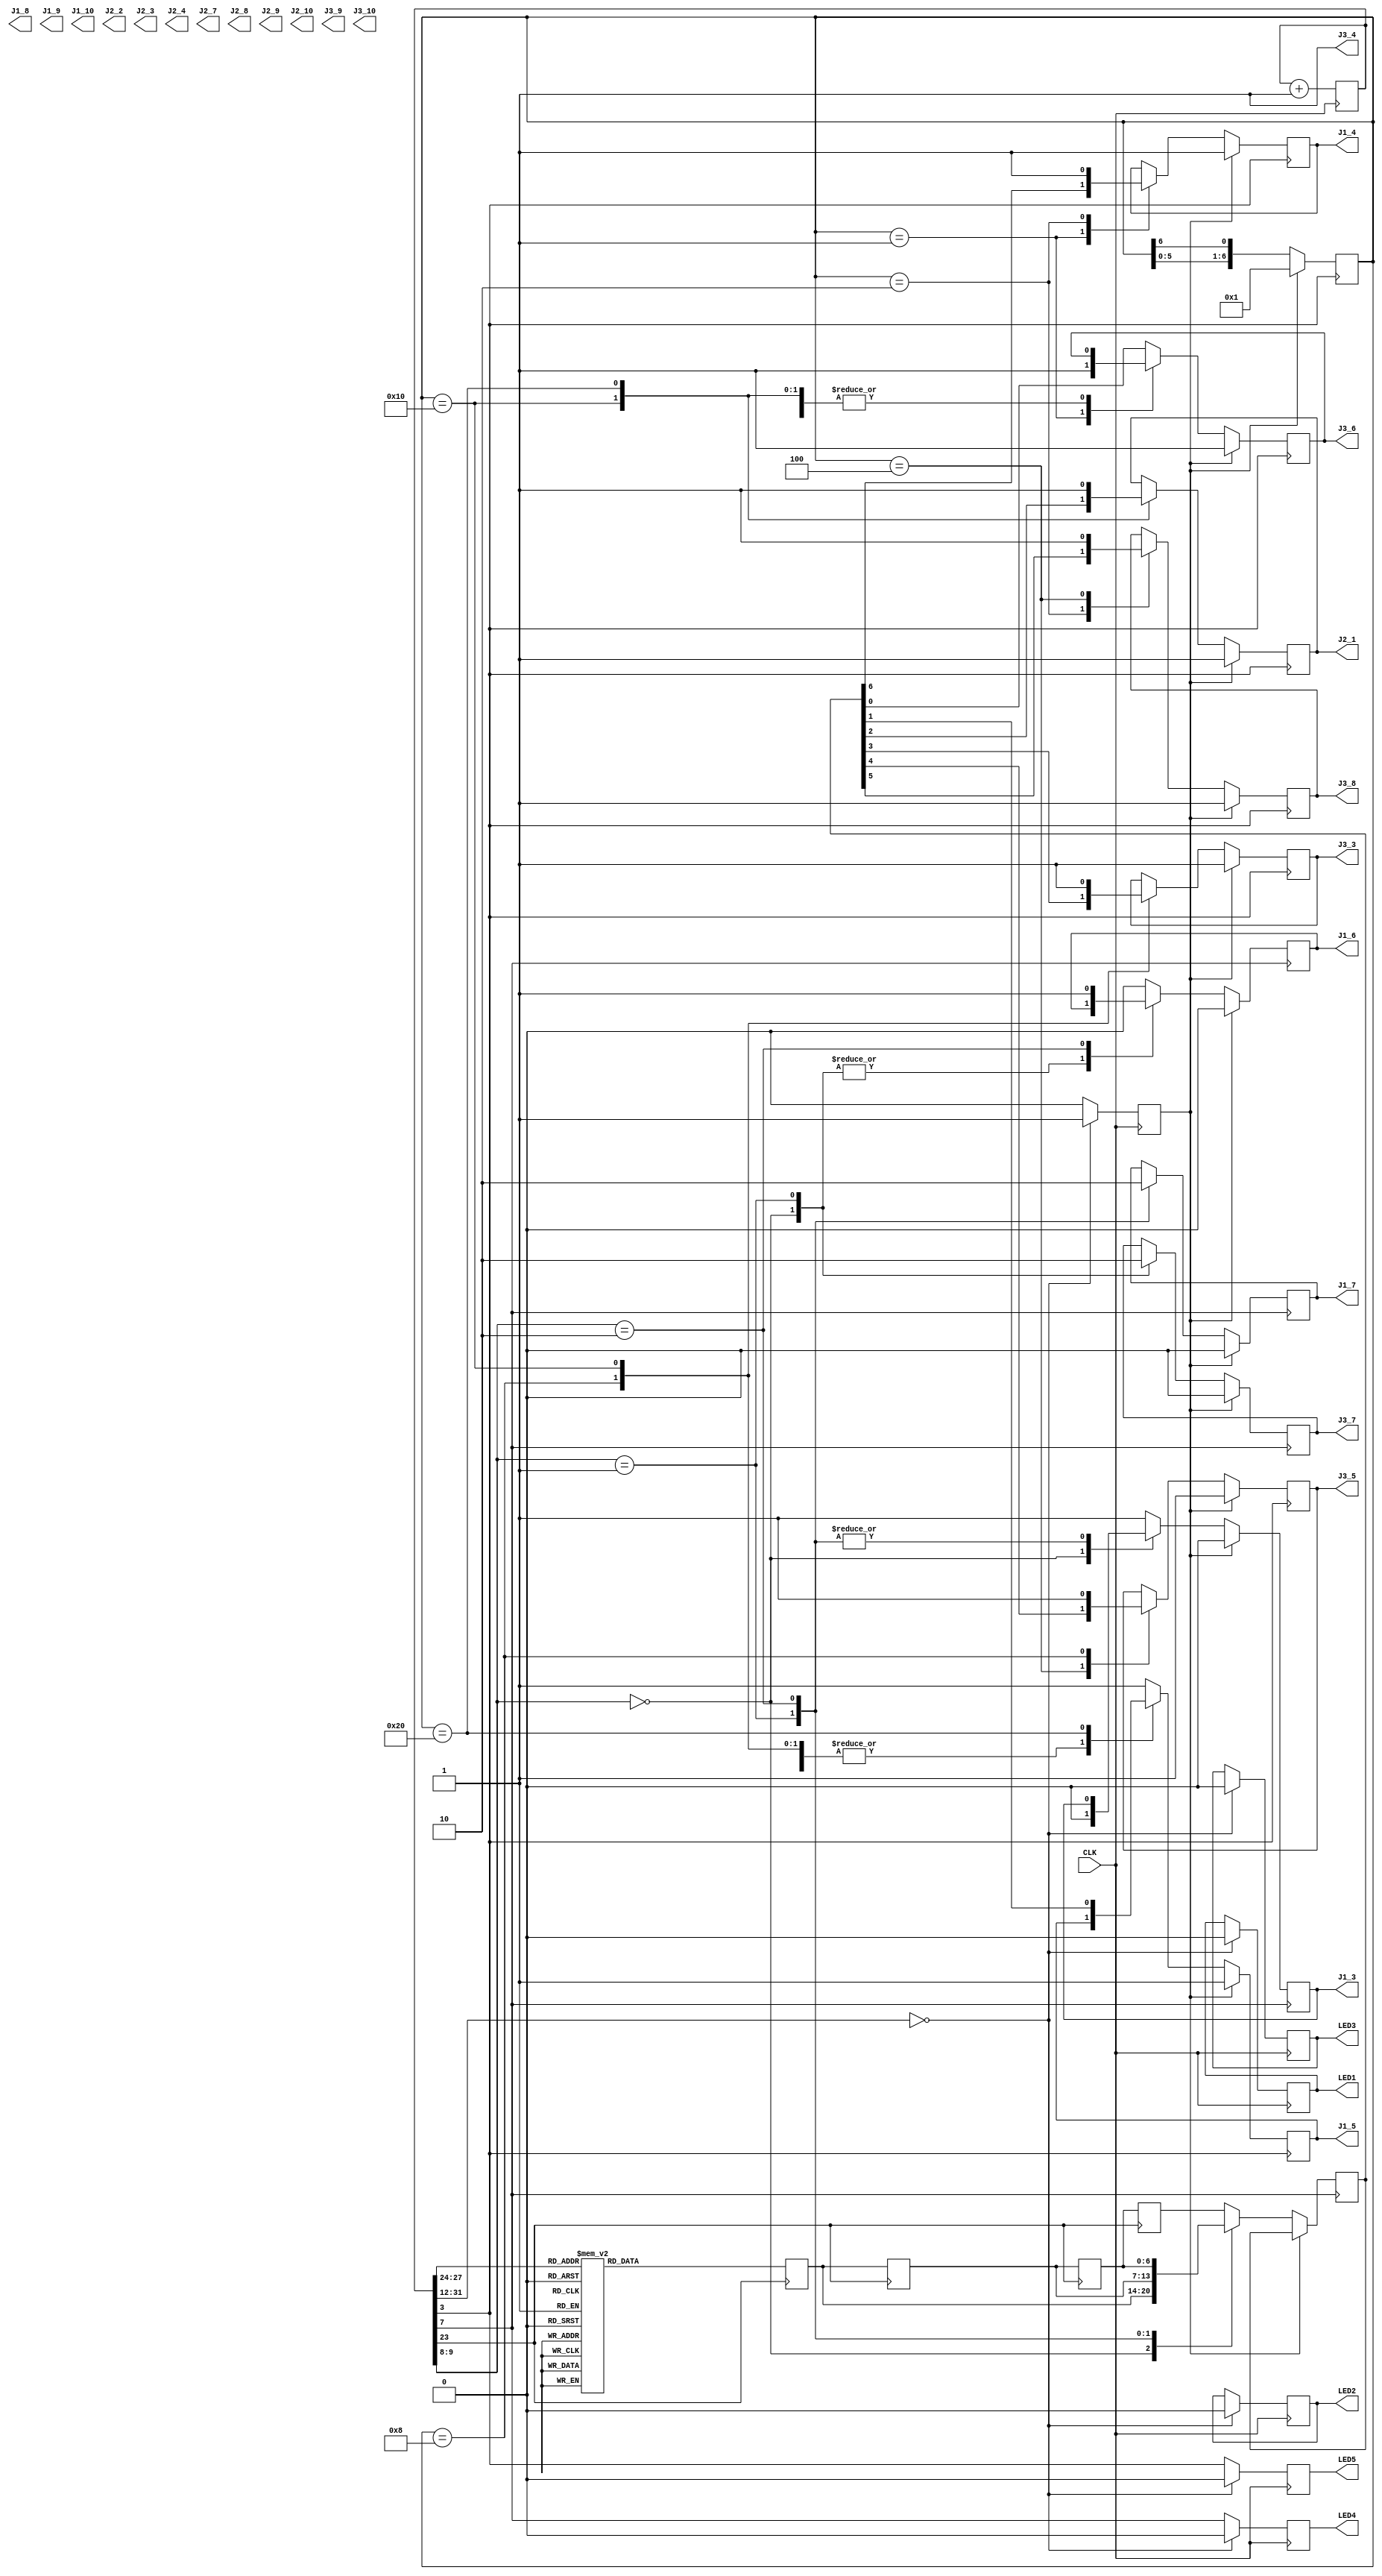
// written 2018-07-20 by mza
// based on mza-test005.7-segment-driver.v
// last updated 2020-05-29 by mza

`define icestick

module top (
	input CLK,
	output reg LED1 = 0,
	output reg LED2 = 0,
	output reg LED3 = 0,
	output reg LED4 = 0,
	output reg LED5 = 0,
	output J1_3, J1_4, J1_5, J1_6, J1_7, J1_8, J1_9, J1_10,
	output J2_1, J2_2, J2_3, J2_4, J2_7, J2_8, J2_9, J2_10,
	output J3_3, J3_4, J3_5, J3_6, J3_7, J3_8, J3_9, J3_10
);
	reg segment_a = 0;
	reg segment_b = 0;
	reg segment_c = 0;
	reg segment_d = 0;
	reg segment_e = 0;
	reg segment_f = 0;
	reg segment_g = 0;
	assign J1_4  = segment_a;
	assign J3_8  = segment_b;
	assign J3_5  = segment_c;
	assign J3_3  = segment_d;
	assign J2_1  = segment_e;
	assign J1_5  = segment_f;
	assign J3_6  = segment_g;
	assign J3_4 = 1; // dp/colon
	reg anode0001 = 0;
	reg anode0010 = 0;
	reg anode0100 = 0;
	reg anode1000 = 0;
	assign J3_7 = anode0001; // connected via resistor to anode0001 for least significant digit
	assign J1_7 = anode0010; // connected via resistor to anode0010
	assign J1_6 = anode0100; // connected via resistor to anode0100
	assign J1_3 = anode1000; // connected via resistor to anode1000 for most significant digit
	reg [31:0] raw_counter = 0;
	wire digit_clock;
	wire [1:0] digit_counter;
	wire dot_clock;
	reg [6:0] dot_token = 0;
	wire clock_1Hz;
	wire [3:0] counter_1Hz;
	reg [6:0] sequence = 0;
	reg [6:0] sequence0001 = 0;
	reg [6:0] sequence0010 = 0;
	reg [6:0] sequence0100 = 0;
	reg [6:0] sequence1000 = 0;
	reg reset = 0;
	always @(posedge CLK) begin
		if (raw_counter[31:12]==0) begin // reset active for 4096 cycles
			reset <= 1;
			LED1 <= 0;
			LED2 <= 0;
			LED3 <= 0;
			LED4 <= 0;
			LED5 <= 0;
		end else begin
			reset <= 0;
			LED4 <= digit_clock;
			LED5 <= dot_clock;
		end
		raw_counter++;
	end
	localparam dot_clock_pickoff = 3;
	localparam digit_clock_pickoff = dot_clock_pickoff + 4;
	assign digit_clock = raw_counter[digit_clock_pickoff];
	assign digit_counter = raw_counter[digit_clock_pickoff+2:digit_clock_pickoff+1];
	assign dot_clock = raw_counter[dot_clock_pickoff];
	assign clock_1Hz = raw_counter[23];
	assign counter_1Hz = raw_counter[27:24];
	always @(posedge clock_1Hz) begin
		sequence1000 <= sequence0100;
		sequence0100 <= sequence0010;
		sequence0010 <= sequence0001;
		case(counter_1Hz[3:0])
			4'h0    : sequence0001 <= 7'b0000001;
			4'h1    : sequence0001 <= 7'b1001111;
			4'h2    : sequence0001 <= 7'b0010010;
			4'h3    : sequence0001 <= 7'b0000110;
			4'h4    : sequence0001 <= 7'b1001100;
			4'h5    : sequence0001 <= 7'b0100100;
			4'h6    : sequence0001 <= 7'b0100000;
			4'h7    : sequence0001 <= 7'b0001111;
			4'h8    : sequence0001 <= 7'b0000000;
			4'h9    : sequence0001 <= 7'b0000100;
			4'ha    : sequence0001 <= 7'b0001000;
			4'hb    : sequence0001 <= 7'b1100000;
			4'hc    : sequence0001 <= 7'b1110010;
			4'hd    : sequence0001 <= 7'b1000010;
			4'he    : sequence0001 <= 7'b0110000;
			default : sequence0001 <= 7'b0111000;
		endcase
	end
	always @(posedge digit_clock) begin
		if (reset==1) begin
			anode0001 <= 0; // turn off digit 0001
			anode0010 <= 0; // turn off digit 0010
			anode0100 <= 0; // turn off digit 0100
			anode1000 <= 0; // turn off digit 1000
		end else begin
			case(digit_counter)
				4'h0    : begin anode0001 <= 1; anode1000 <= 0; sequence <= sequence0001; end // turn on digit 0001; turn off digit 1000
				4'h1    : begin anode0010 <= 1; anode0001 <= 0; sequence <= sequence0010; end // turn on digit 0010; turn off digit 0001
				4'h2    : begin anode0100 <= 1; anode0010 <= 0; sequence <= sequence0100; end // turn on digit 0100; turn off digit 0010
				default : begin anode1000 <= 1; anode0100 <= 0; sequence <= sequence1000; end // turn on digit 1000; turn off digit 0100
			endcase
		end
	end
	always @(posedge dot_clock) begin
		if (reset==1) begin
			segment_a <= 1; // clear segment a
			segment_b <= 1; // clear segment b
			segment_c <= 1; // clear segment c
			segment_d <= 1; // clear segment d
			segment_e <= 1; // clear segment e
			segment_f <= 1; // clear segment f
			segment_g <= 1; // clear segment g
			dot_token <= 7'b0000001;
		end else begin
			case(dot_token)
				7'b0000001 : begin segment_a <= sequence[6]; segment_g <= 1; end // set or clear segment a as appropriate; clear segment g
				7'b0000010 : begin segment_b <= sequence[5]; segment_a <= 1; end // set or clear segment b as appropriate; clear segment a
				7'b0000100 : begin segment_c <= sequence[4]; segment_b <= 1; end // set or clear segment c as appropriate; clear segment b
				7'b0001000 : begin segment_d <= sequence[3]; segment_c <= 1; end // set or clear segment d as appropriate; clear segment c
				7'b0010000 : begin segment_e <= sequence[2]; segment_d <= 1; end // set or clear segment e as appropriate; clear segment d
				7'b0100000 : begin segment_f <= sequence[1]; segment_e <= 1; end // set or clear segment f as appropriate; clear segment e
				default    : begin segment_g <= sequence[0]; segment_f <= 1; end // set or clear segment g as appropriate; clear segment f
			endcase
			dot_token <= { dot_token[5:0], dot_token[6] }; // barrel shifter
		end
	end
endmodule // top